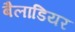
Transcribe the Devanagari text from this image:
बैलाडियर